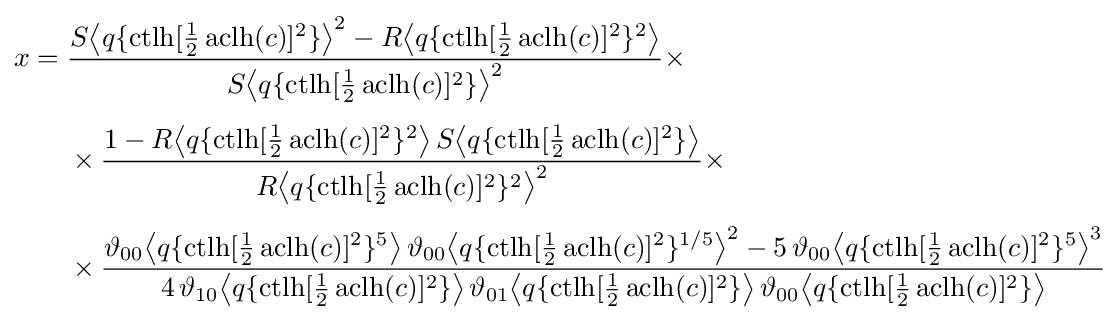
{\begin{aligned}x={}&{\frac {S{\bigl \langle }q\{\operatorname {ctlh} [{\tfrac {1}{2}}\operatorname {aclh} (c)]^{2}\}{\bigr \rangle }^{2}-R{\bigl \langle }q\{\operatorname {ctlh} [{\tfrac {1}{2}}\operatorname {aclh} (c)]^{2}\}^{2}{\bigr \rangle }}{S{\bigl \langle }q\{\operatorname {ctlh} [{\tfrac {1}{2}}\operatorname {aclh} (c)]^{2}\}{\bigr \rangle }^{2}}}\times \\[4pt]&{}\times {\frac {1-R{\bigl \langle }q\{\operatorname {ctlh} [{\tfrac {1}{2}}\operatorname {aclh} (c)]^{2}\}^{2}{\bigr \rangle }\,S{\bigl \langle }q\{\operatorname {ctlh} [{\tfrac {1}{2}}\operatorname {aclh} (c)]^{2}\}{\bigr \rangle }}{R{\bigl \langle }q\{\operatorname {ctlh} [{\tfrac {1}{2}}\operatorname {aclh} (c)]^{2}\}^{2}{\bigr \rangle }^{2}}}\times \\[4pt]&{}\times {\frac {\vartheta _{00}{\bigl \langle }q\{\operatorname {ctlh} [{\tfrac {1}{2}}\operatorname {aclh} (c)]^{2}\}^{5}{\bigr \rangle }\,\vartheta _{00}{\bigl \langle }q\{\operatorname {ctlh} [{\tfrac {1}{2}}\operatorname {aclh} (c)]^{2}\}^{1/5}{\bigr \rangle }^{2}-5\,\vartheta _{00}{\bigl \langle }q\{\operatorname {ctlh} [{\tfrac {1}{2}}\operatorname {aclh} (c)]^{2}\}^{5}{\bigr \rangle }^{3}}{4\,\vartheta _{10}{\bigl \langle }q\{\operatorname {ctlh} [{\tfrac {1}{2}}\operatorname {aclh} (c)]^{2}\}{\bigr \rangle }\,\vartheta _{01}{\bigl \langle }q\{\operatorname {ctlh} [{\tfrac {1}{2}}\operatorname {aclh} (c)]^{2}\}{\bigr \rangle }\,\vartheta _{00}{\bigl \langle }q\{\operatorname {ctlh} [{\tfrac {1}{2}}\operatorname {aclh} (c)]^{2}\}{\bigr \rangle }}}\end{aligned}}